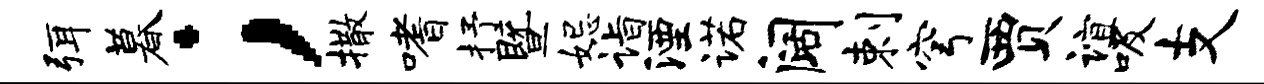
弭暮；撒嗜抒暨妃诣湮诺阔剌穹贾谊吸支